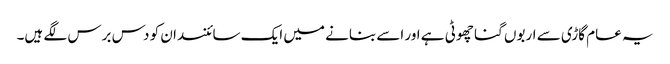
یہ عام گاڑی سے اربوں گنا چھوٹی ہے اور اسے بنانے میں ایک سائنسدان کو دس برس لگے ہیں۔